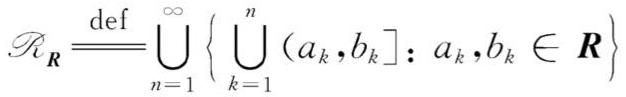
$\mathscr{R}_{\boldsymbol{R}} \stackrel{\text { def }}{=} \bigcup_{n=1}^{\infty}\left\{\bigcup_{k=1}^{n}\left(a_{k}, b_{k}\right]: a_{k}, b_{k} \in \boldsymbol{R}\right\}$